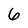
Character: 6